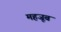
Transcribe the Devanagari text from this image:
महजूब